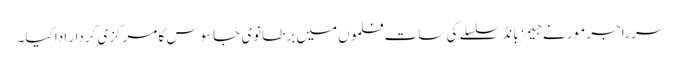
سر راجر مور نے جیمز بانڈ سلسلے کی سات فلموں میں برطانوی جاسوس کا مرکزی کردار ادا کیا۔